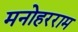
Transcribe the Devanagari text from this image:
मनोहरराम